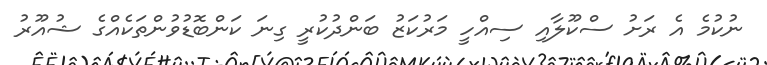
ނުކުމެ އެ ރަށު ސްކޫލާއި ސިއްހީ މަރުކަޒު ބަންދުކުރީ ގިނަ ކަންބޮޑުވުންތަކެއްގެ ޝުއޫރު